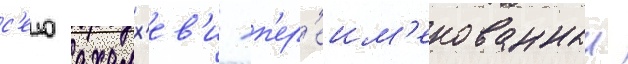
с'ело ахалх'ев'и - п'ер'еим'енованныи